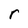
Character: r